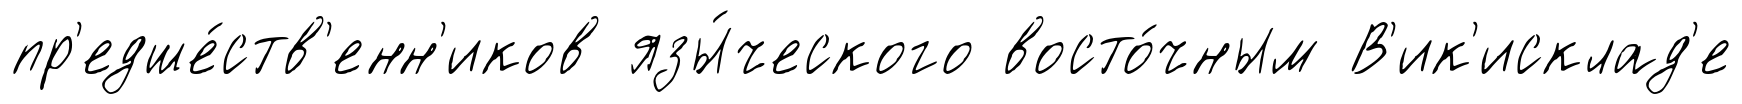
пр'едше́ств'енн'иков язы́ческого восто́чным В'ик'исклад'е